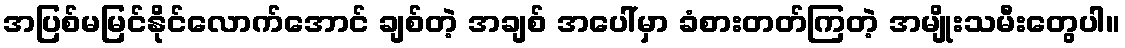
အပြစ်မမြင်နိုင်လောက်အောင် ချစ်တဲ့ အချစ် အပေါ်မှာ ခံစားတတ်ကြတဲ့ အမျိုးသမီးတွေပါ။